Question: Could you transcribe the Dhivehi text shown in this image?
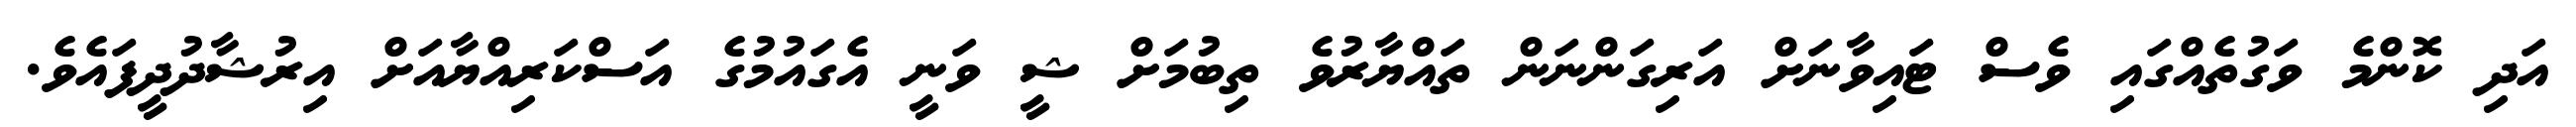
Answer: އަދި ކޮންމެ ވަގުތެއްގައި ވެސް ޓައިވާނަށް އަރިގަންނަން ތައްޔާރުވެ ތިބުމަށް ޝީ ވަނީ އެގައުމުގެ އަސްކަރިއްޔާއަށް އިރުޝާދުދީފައެވެ.